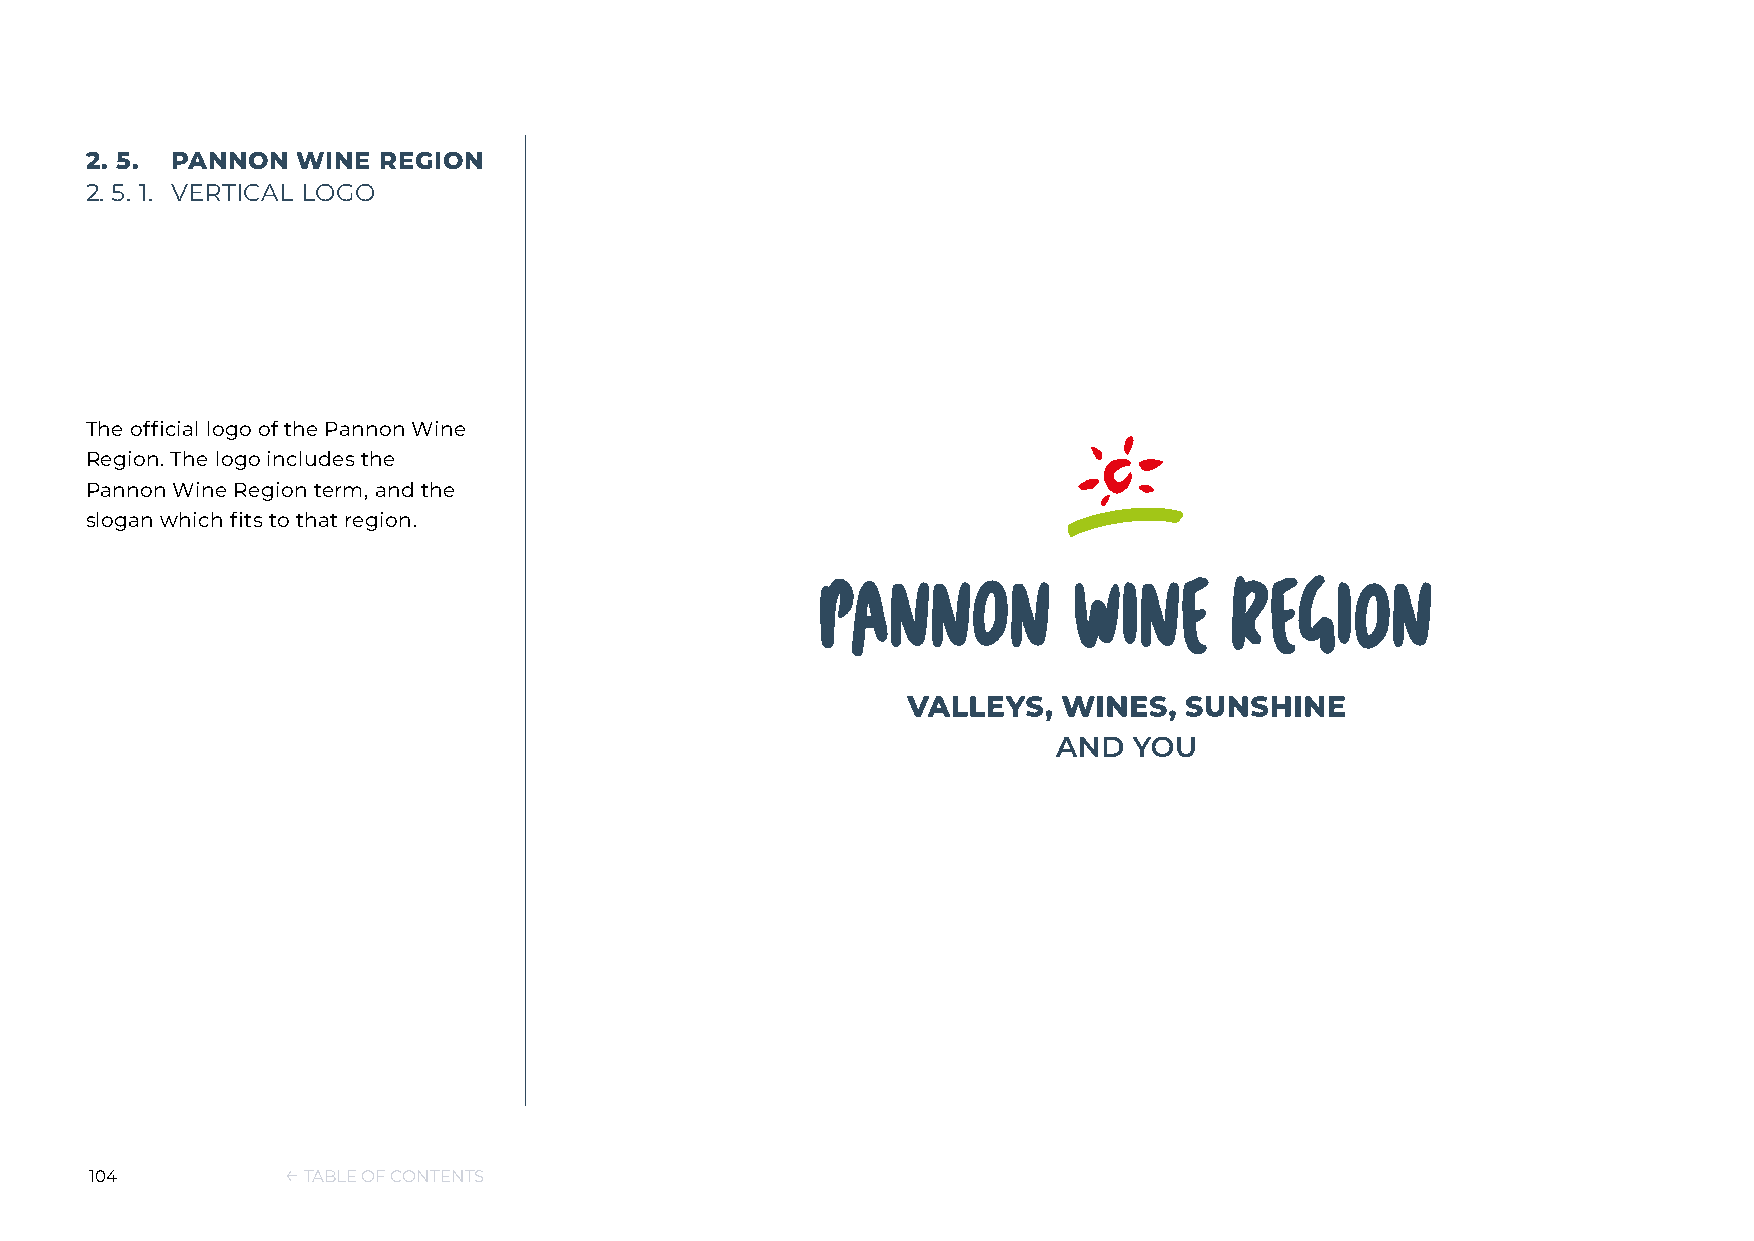
2. 5. PANNON  WINE REGION
 2. 5. 1. VERTICAL LOGO
 The official logo of the Pannon Wine
 Region. The logo includes the
 Pannon Wine Region term, and the
 slogan which fits to that region.
 104          ← TABLE OF CONTENTS